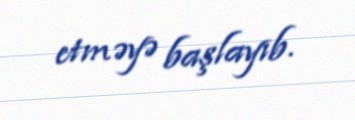
etməyə başlayıb.